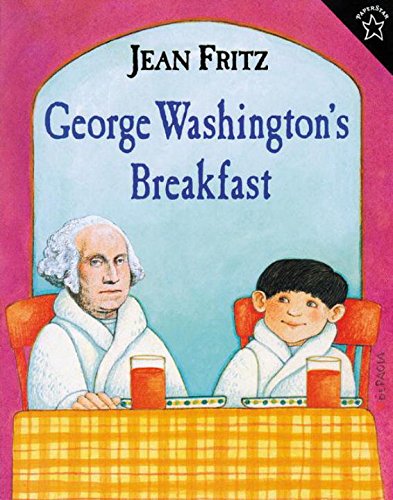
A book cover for George Washington's Breakfast; Jean Fritz; Children's Books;